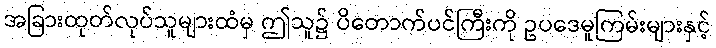
အခြားထုတ်လုပ်သူများထံမှ ဤသူ၌ ပိတောက်ပင်ကြီးကို ဥပဒေမူကြမ်းများနှင့်